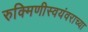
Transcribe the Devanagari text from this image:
रुक्मिणीस्वयंवराच्या